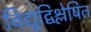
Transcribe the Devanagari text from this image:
विद्युद्विश्लेषित